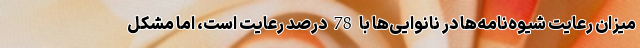
میزان رعایت شیوه‌نامه‌ها در نانوایی‌ها با 78 درصد رعایت است، اما مشکل